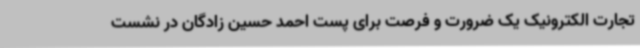
تجارت الکترونیک یک ضرورت و فرصت برای پست احمد حسین زادگان در نشست